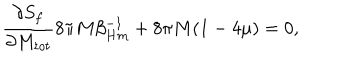
LaTeX: { \frac { \partial S _ { f } } { \partial M _ { t o t } } } 8 \pi M \beta _ { H m } ^ { - 1 } + 8 \pi M ( 1 - 4 \mu ) = 0 ,